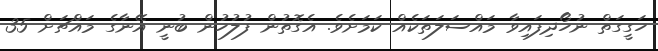
ހަގީގަތް ނުހޯދިފައިވާ މައްސަލަތަކެއް ކަމަށެވެ. އެގޮތުން ފުލުހުން ބުނީ އޭނާގެ މައްޗަށް 35